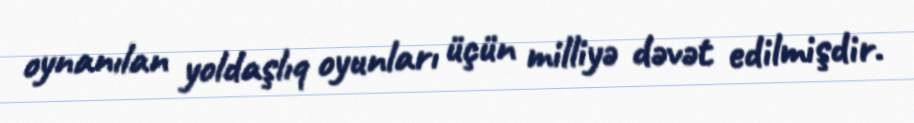
oynanılan yoldaşlıq oyunları üçün milliyə dəvət edilmişdir.